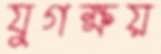
যুগক্ষয়